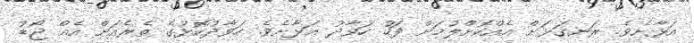
އަޅާށެވެ. ރަނގަޅަށް އެއްކޮށްލުމަށް ފަހު ހަވާދު އަޅާށެވެ. ހަވާދުކޮޅުގެ ތެރެއަށް އެއް ޖޯޑު